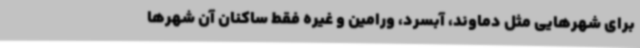
برای شهرهایی مثل دماوند، آبسرد، ورامین و غیره فقط ساکنان آن شهرها